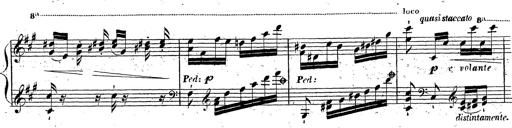
Title: Grande fantaisie sur la tyrolienne de l'opÃ©ra
Composer: Franz Liszt
Key: A major